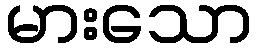
မားသော